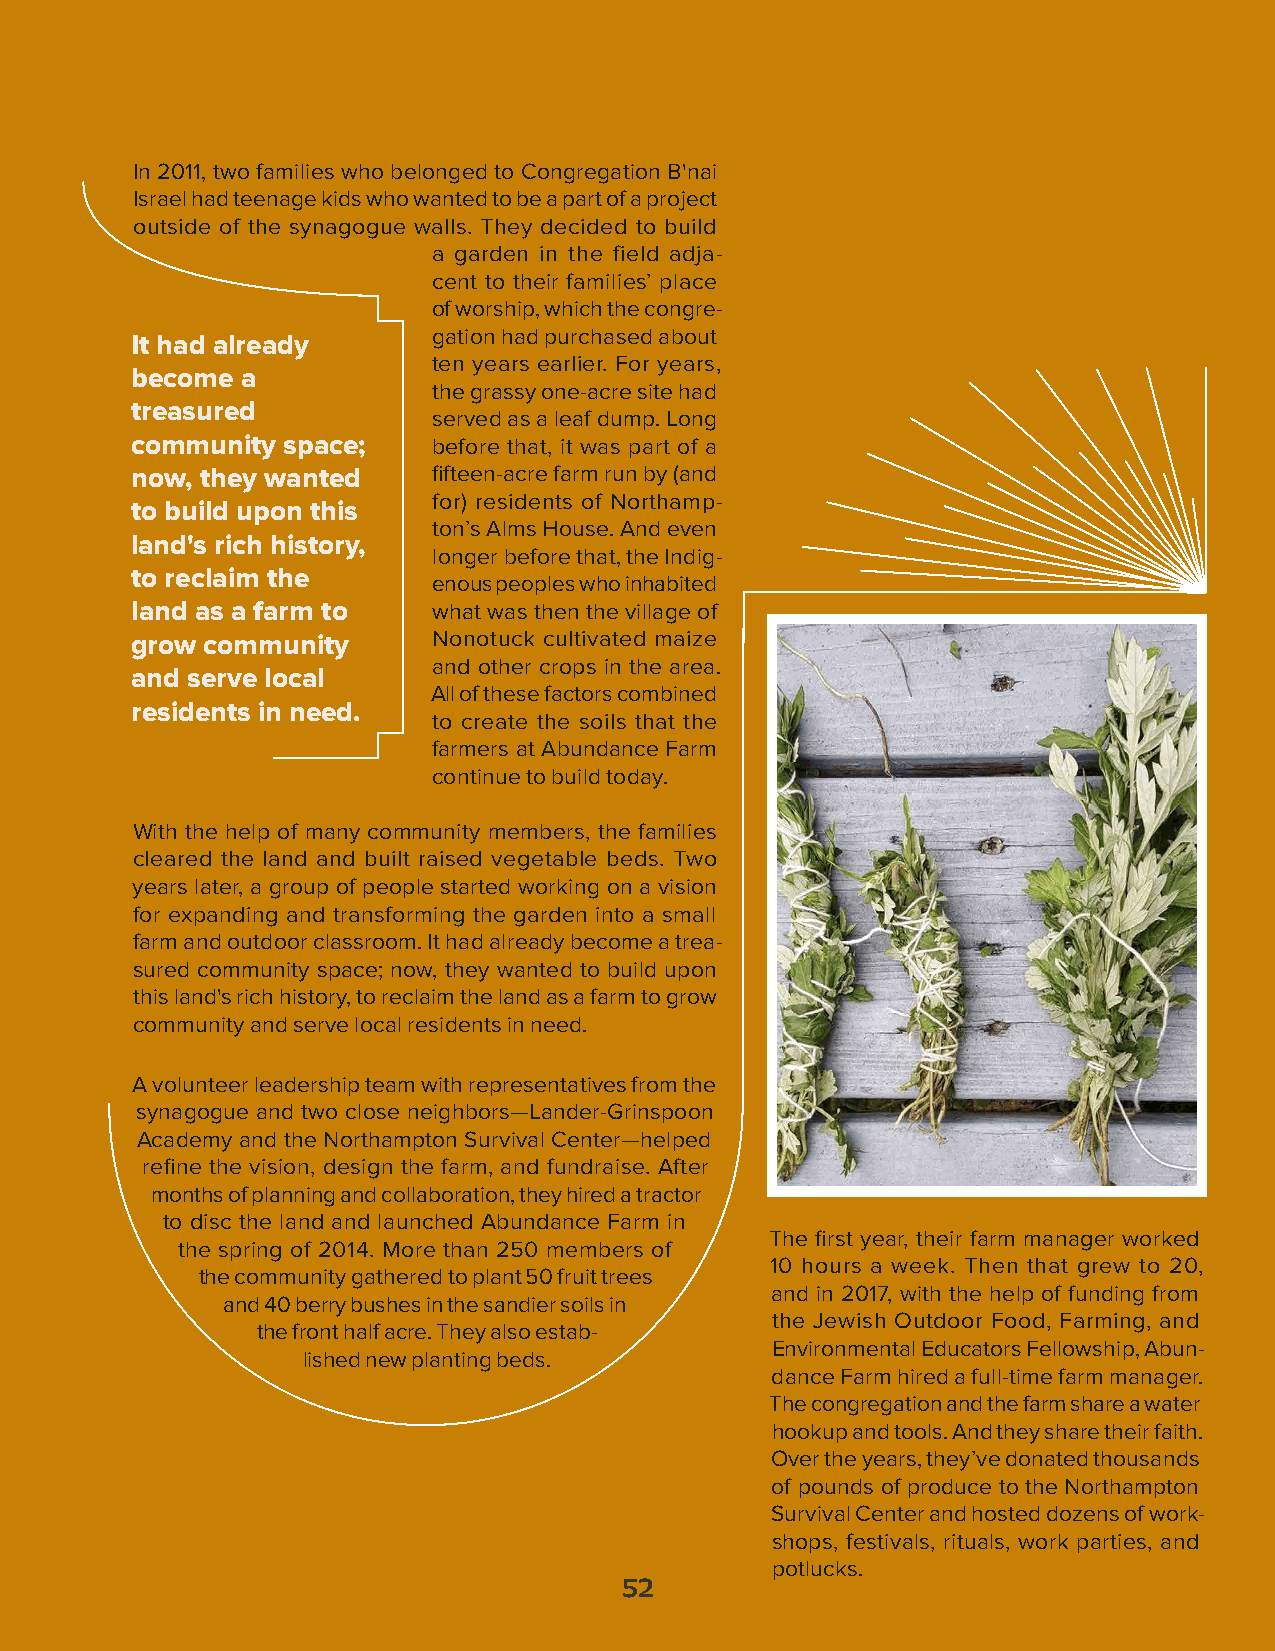
In 2011, two families who belonged to Congregation B'nai
 Israel had teenage kids who wanted to be a part of a project
 outside of the synagogue walls. They decided to build
 a garden in the field adja-
 cent to their families’ place
 of worship, which the congre-
 gation had purchased about
 It had already
 ten years earlier. For years,
 become a
 the grassy one-acre site had
 treasured
 served as a leaf dump. Long
 community space;    before that, it was part of a
 now, they wanted    fifteen-acre farm run by (and
 for) residents of Northamp-
 to build upon this
 ton’s Alms House. And even
 land's rich history,
 longer before that, the Indig-
 to reclaim the
 enous peoples who inhabited
 land as a farm to   what was then the village of
 grow community      Nonotuck cultivated maize
 and other crops in the area.
 and serve local
 All of these factors combined
 residents in need.
 to create the soils that the
 farmers at Abundance Farm
 continue to build today.
 With the help of many community members, the families
 cleared the land and built raised vegetable beds. Two
 years later, a group of people started working on a vision
 for expanding and transforming the garden into a small
 farm and outdoor classroom. It had already become a trea-
 sured community space; now, they wanted to build upon
 this land's rich history, to reclaim the land as a farm to grow
 community and serve local residents in need.
 A volunteer leadership team with representatives from the
 synagogue and two close neighbors—Lander-Grinspoon
 Academy and the Northampton Survival Center—helped
 refine the vision, design the farm, and fundraise. After
 months of planning and collaboration, they hired a tractor
 to disc the land and launched Abundance Farm in
 The first year, their farm manager worked
 the spring of 2014. More than 250 members of
 10 hours a week. Then that grew to 20,
 the community gathered to plant 50 fruit trees
 and in 2017, with the help of funding from
 and 40 berry bushes in the sandier soils in
 the Jewish Outdoor Food, Farming, and
 the front half acre. They also estab-
 Environmental Educators Fellowship, Abun-
 lished new planting beds.
 dance Farm hired a full-time farm manager.
 The congregation and the farm share a water
 hookup and tools. And they share their faith.
 Over the years, they’ve donated thousands
 of pounds of produce to the Northampton
 Survival Center and hosted dozens of work-
 shops, festivals, rituals, work parties, and
 potlucks.
 52